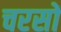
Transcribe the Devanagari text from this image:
चरसों